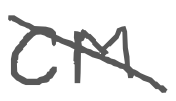
Text: CM
Cross-out: diagonal
Writing tool: digital_gray